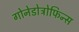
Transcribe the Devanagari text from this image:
गोनेडोट्रोफिन्स